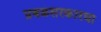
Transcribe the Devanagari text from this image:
प्रबळसरकारचा